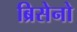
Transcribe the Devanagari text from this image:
ब्रिसेनो